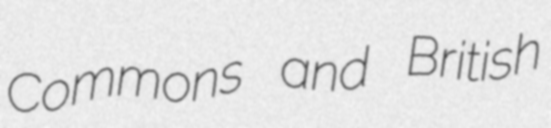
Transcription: Commons and British